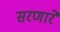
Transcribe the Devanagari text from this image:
सरणारे